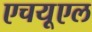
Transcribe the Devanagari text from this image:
एचयूएल